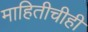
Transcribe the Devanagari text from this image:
माहितीचीही